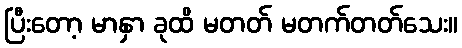
ပြီးတော့ မာနှာ ခုထိ မတတ် မတက်တတ်သေး။